Jarvakandi_vallavalitsus, lk 59
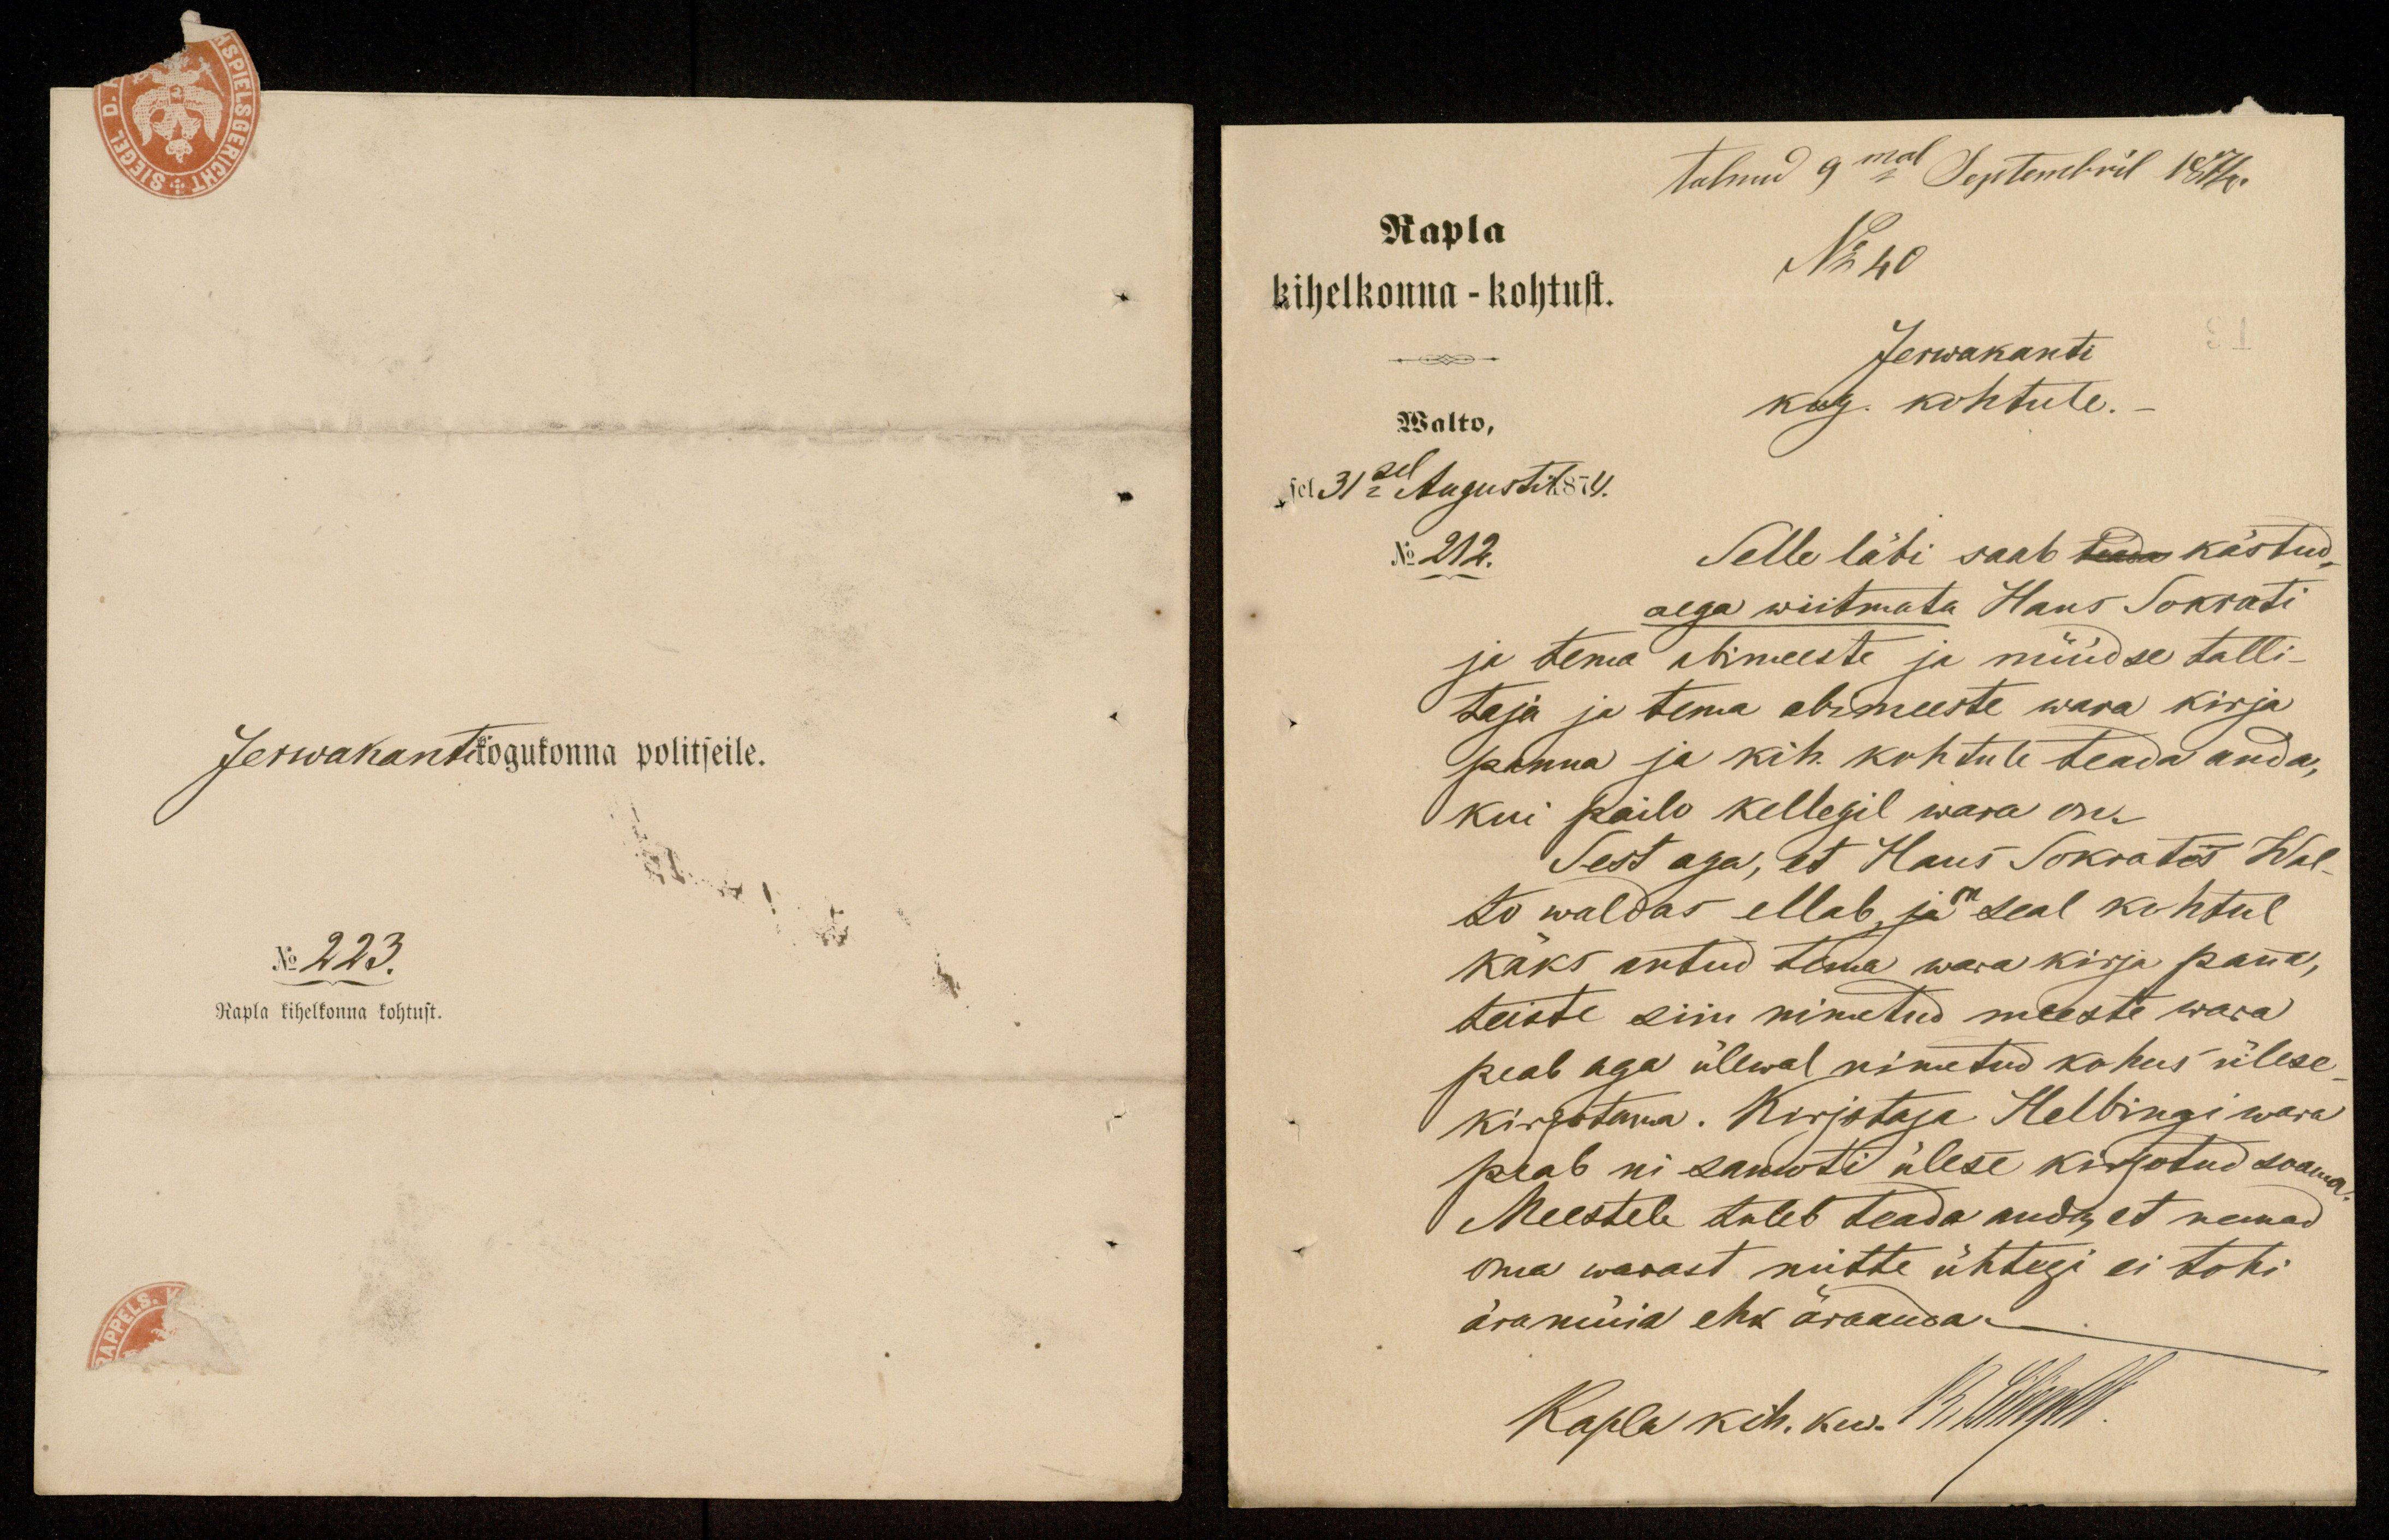
tulnud 9mal Septembril 1874.
Rapla
No 40
kihelkonna - kohtust.
Jerwakanti
Walto,
kog. kohtule.-
sel 3sel Augusti 1874.
No 212.
Selle läbi saab teada kästud,
aega wiitmata Hans Sokrati
ja tema abimeeste ja nüüdse talli-
taja ja tema abimeeste wara kirja
panna ja kih. kohtule teada anda,
kui pailo kellegil wara on.
Sest aga, et Hans Sokrates Wal-
to waldas ellab ja on seal kohtul
kaks antud tema wara kirja panna,
teiste siin nimetud meeste wara
peab aga ülewal nimetud kohus ülese
kirjutama. Kirjotaja Helbingi wara
peab nii samuti ülese kirjotud saama
Meestele tuleb teada anda, et nemad
oma warast mitte ühtegi ei tohi
äramüia ehk ära anda
Rapla kih. kus. 1500 kirjast

Jerwakanti kogukonna politseile.
No 223.
Rapla kihelkonna kohtust.